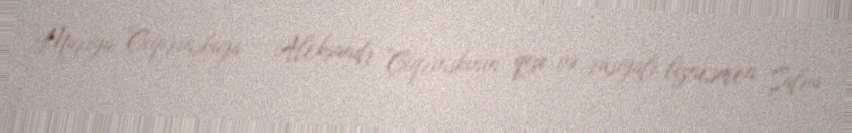
Mariya Çiqirinskaya – Aleksandr Çiqrinskinin qızı və rusiyalı biznesmen Şalva